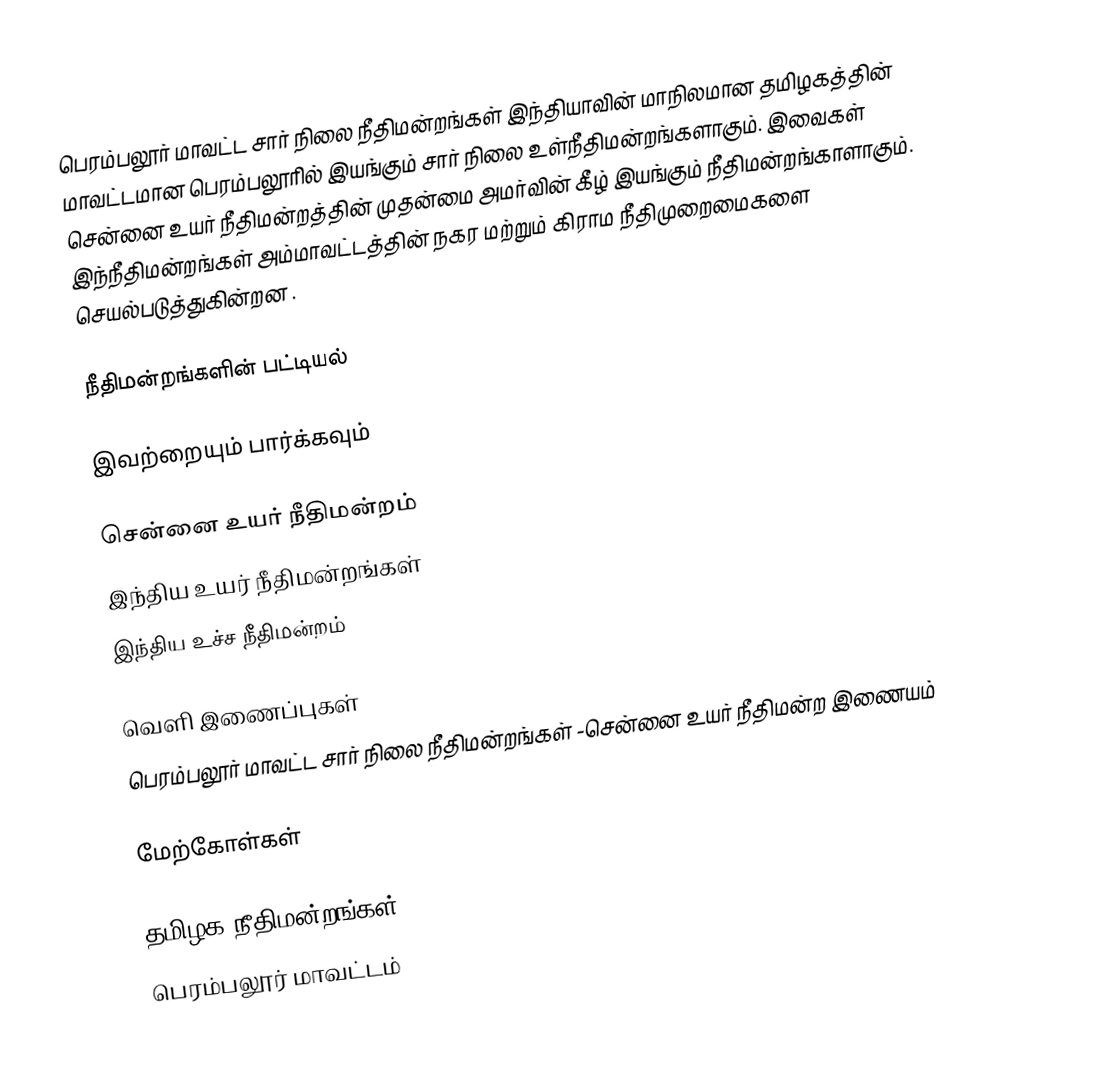
பெரம்பலூர் மாவட்ட சார் நிலை நீதிமன்றங்கள் இந்தியாவின் மாநிலமான தமிழகத்தின் மாவட்டமான பெரம்பலூரில் இயங்கும் சார் நிலை உள்நீதிமன்றங்களாகும். இவைகள் சென்னை உயர் நீதிமன்றத்தின் முதன்மை அமர்வின் கீழ் இயங்கும் நீதிமன்றங்காளாகும். இந்நீதிமன்றங்கள் அம்மாவட்டத்தின் நகர மற்றும் கிராம நீதிமுறைமைகளை செயல்படுத்துகின்றன .

நீதிமன்றங்களின் பட்டியல்

இவற்றையும் பார்க்கவும்

சென்னை உயர் நீதிமன்றம்
இந்திய உயர் நீதிமன்றங்கள்
இந்திய உச்ச நீதிமன்றம்

வெளி இணைப்புகள்
பெரம்பலூர் மாவட்ட சார் நிலை நீதிமன்றங்கள் -சென்னை உயர் நீதிமன்ற இணையம்

மேற்கோள்கள்

தமிழக நீதிமன்றங்கள்
பெரம்பலூர் மாவட்டம்